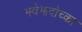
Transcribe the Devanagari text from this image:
झ्वेझदोच्का